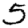
Digit: 5